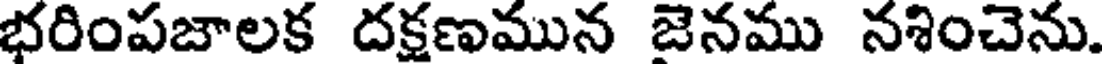
భరింపజాలక దక్షణమున జెనము నశించెను.